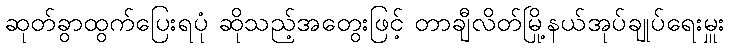
ဆုတ်ခွာထွက်ပြေးရပုံ ဆိုသည့်အတွေးဖြင့် တာချီလိတ်မြို့နယ်အုပ်ချုပ်ရေးမှူး